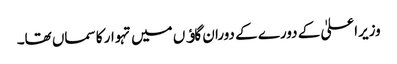
وزیراعلیٰ کے دورے کے دوران گاﺅں میں تہوار کا سماں تھا۔